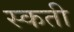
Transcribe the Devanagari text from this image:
स्कती